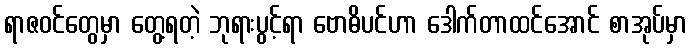
ရာဇဝင်တွေမှာ တွေ့ရတဲ့ ဘုရားပွင့်ရာ ဗောဓိပင်ဟာ ဒေါက်တာထင်အောင် စာအုပ်မှာ